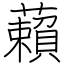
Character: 藾